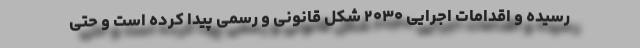
رسیده و اقدامات اجرایی ۲۰۳۰ شکل قانونی و رسمی پیدا کرده است و حتی